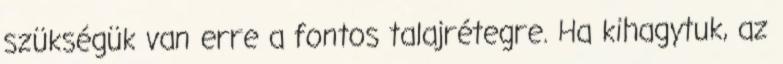
szükségük van erre a fontos talajrétegre. Ha kihagytuk, az